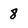
Character: 8